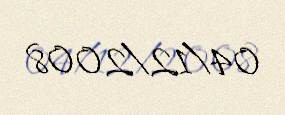
04/12/2008